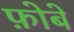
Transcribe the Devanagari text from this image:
फ़ोबे